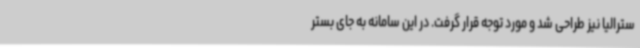
سترالیا نیز طراحی شد و مورد توجه قرار گرفت. در این سامانه به جای بستر